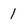
Character: 1